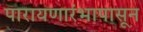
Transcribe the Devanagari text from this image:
पारायणारंभापासून